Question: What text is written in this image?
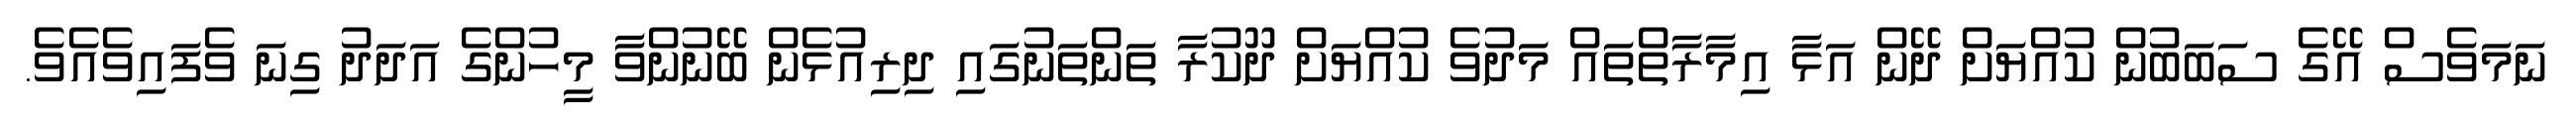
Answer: ނަމަވެސް އޭގެ ސަބަބުން ކުއްޔަށް ދޭން އަޅާ އިމާރާތްތައް މަދުވެ ކުއްޔަށް ދޫކުރާ ތަންތަނުގައި ދިރިއުޅެން ބޭނުންވާ މީހުންގެ އަދަދު ގިނަ ވެފައިވެއެވެ.